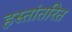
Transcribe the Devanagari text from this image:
हस्‍तांतरित